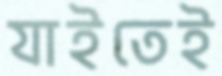
যাইতেই